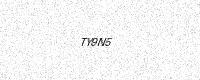
Text: TY9N5